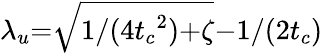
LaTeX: {\lambda_{u}}{=}\sqrt{1/({4t_{c}}^{2}){+}\zeta}{-}1/(2t_{c})